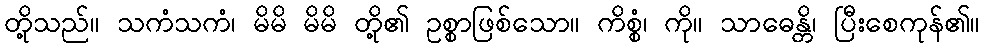
တို့သည်။ သကံသကံ၊ မိမိ မိမိ တို့၏ ဥစ္စာဖြစ်သော။ ကိစ္စံ၊ ကို။ သာဓေန္တိ၊ ပြီးစေကုန်၏။